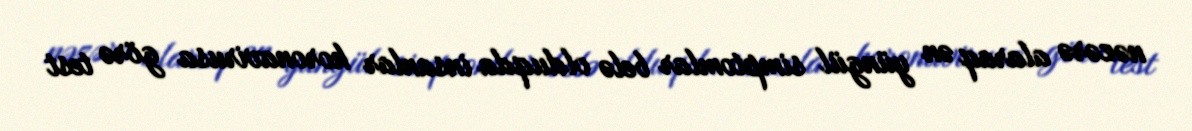
nəzərə alaraq ən yüngül simptomlar belə olduqda insanlar koronavirusa görə test